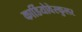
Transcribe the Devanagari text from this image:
कार्डियोवेस्कुलर